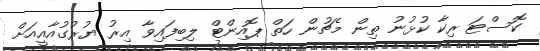
ކޮސްޓަ ރިކާ ކުޅުނު ތިން މެޗުން ހަތް ޕޮއިންޓް ލިބިފައިވާ އިރު ޔުރުގުއާއީއަށް